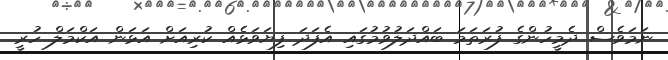
ނަމަވެސް ދެމީހުންގެ ފުރަތަމަ ބައްދަލުވުމުގައި އެފަދަ ފިޔަވަޅެއް ކުރިއަށް އަޅަން އަކްމަލް ހުރީ